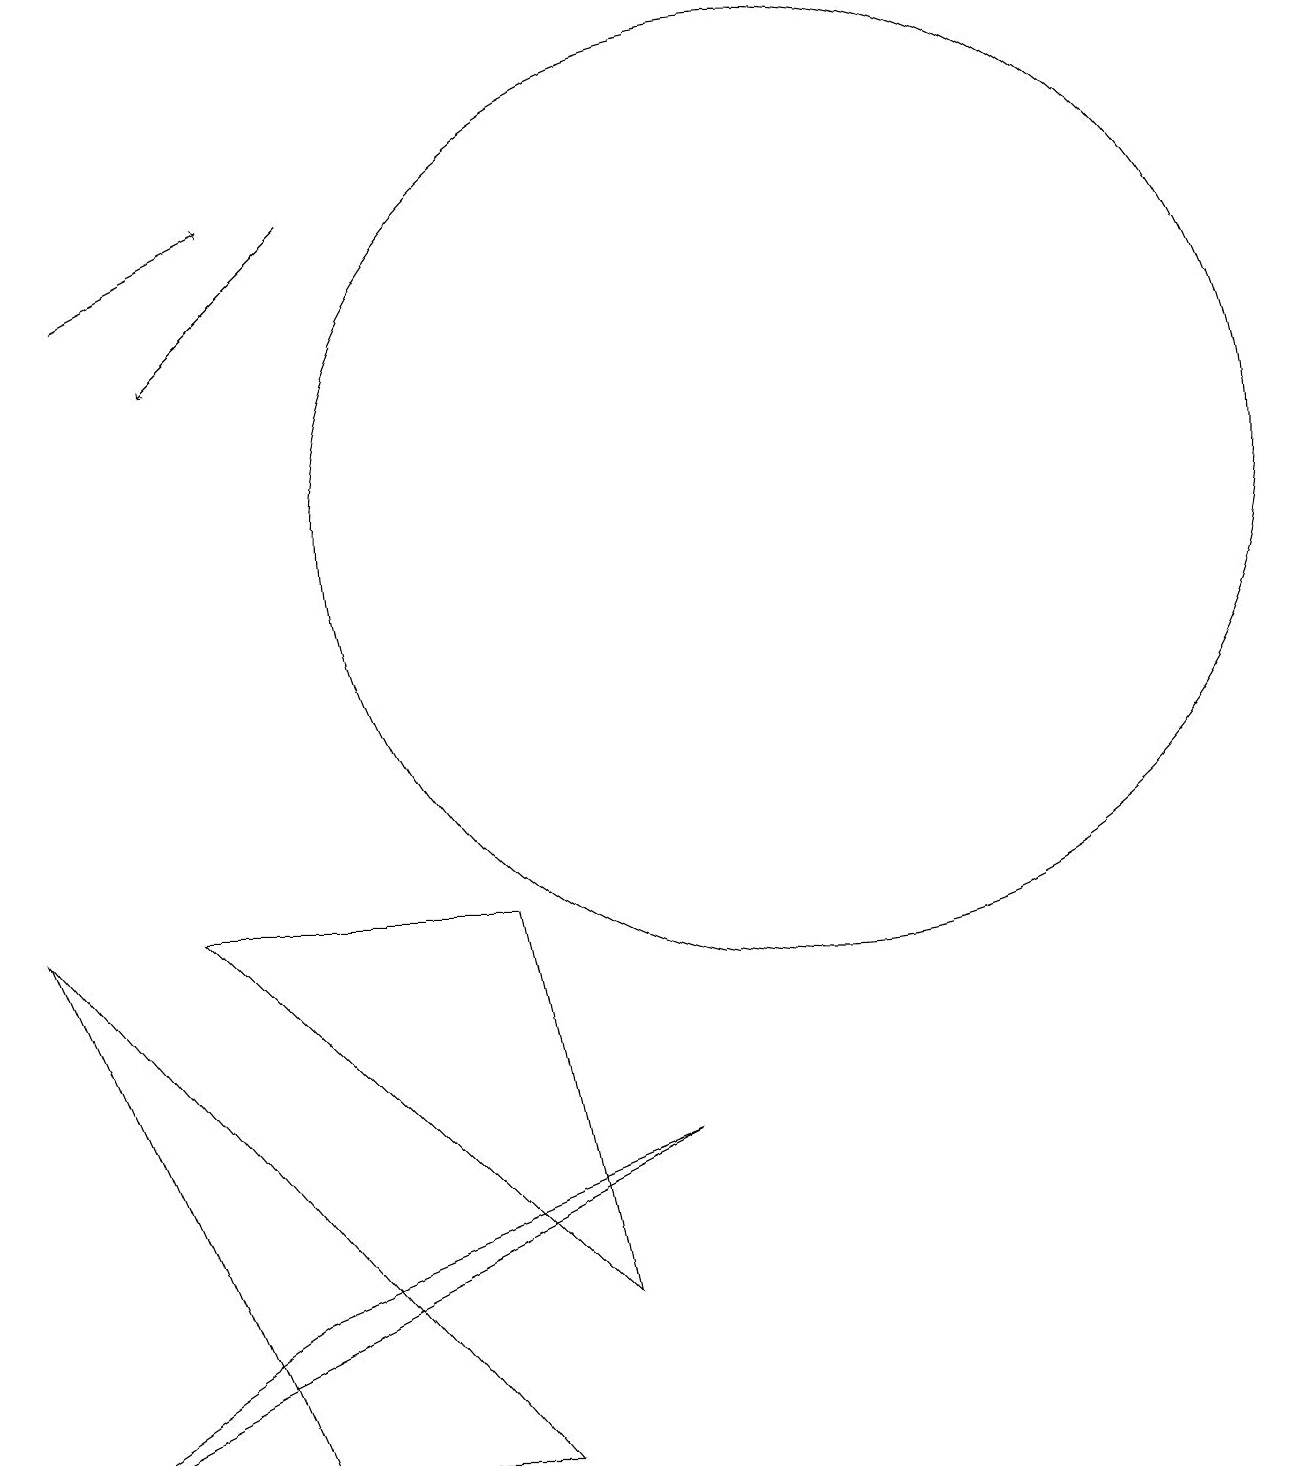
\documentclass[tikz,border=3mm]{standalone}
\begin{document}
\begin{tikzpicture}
\draw[->] (2,15) -- (4,16);
\draw (8,2) -- (3,7) -- (7,7) -- cycle;
\draw (11,12) circle (6);
\draw (4,0) -- (1,7) -- (7,0) -- cycle;
\draw (1,0) -- (9,4) -- (4,2) -- cycle;
\draw[->] (5,16) -- (3,14);
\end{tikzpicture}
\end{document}